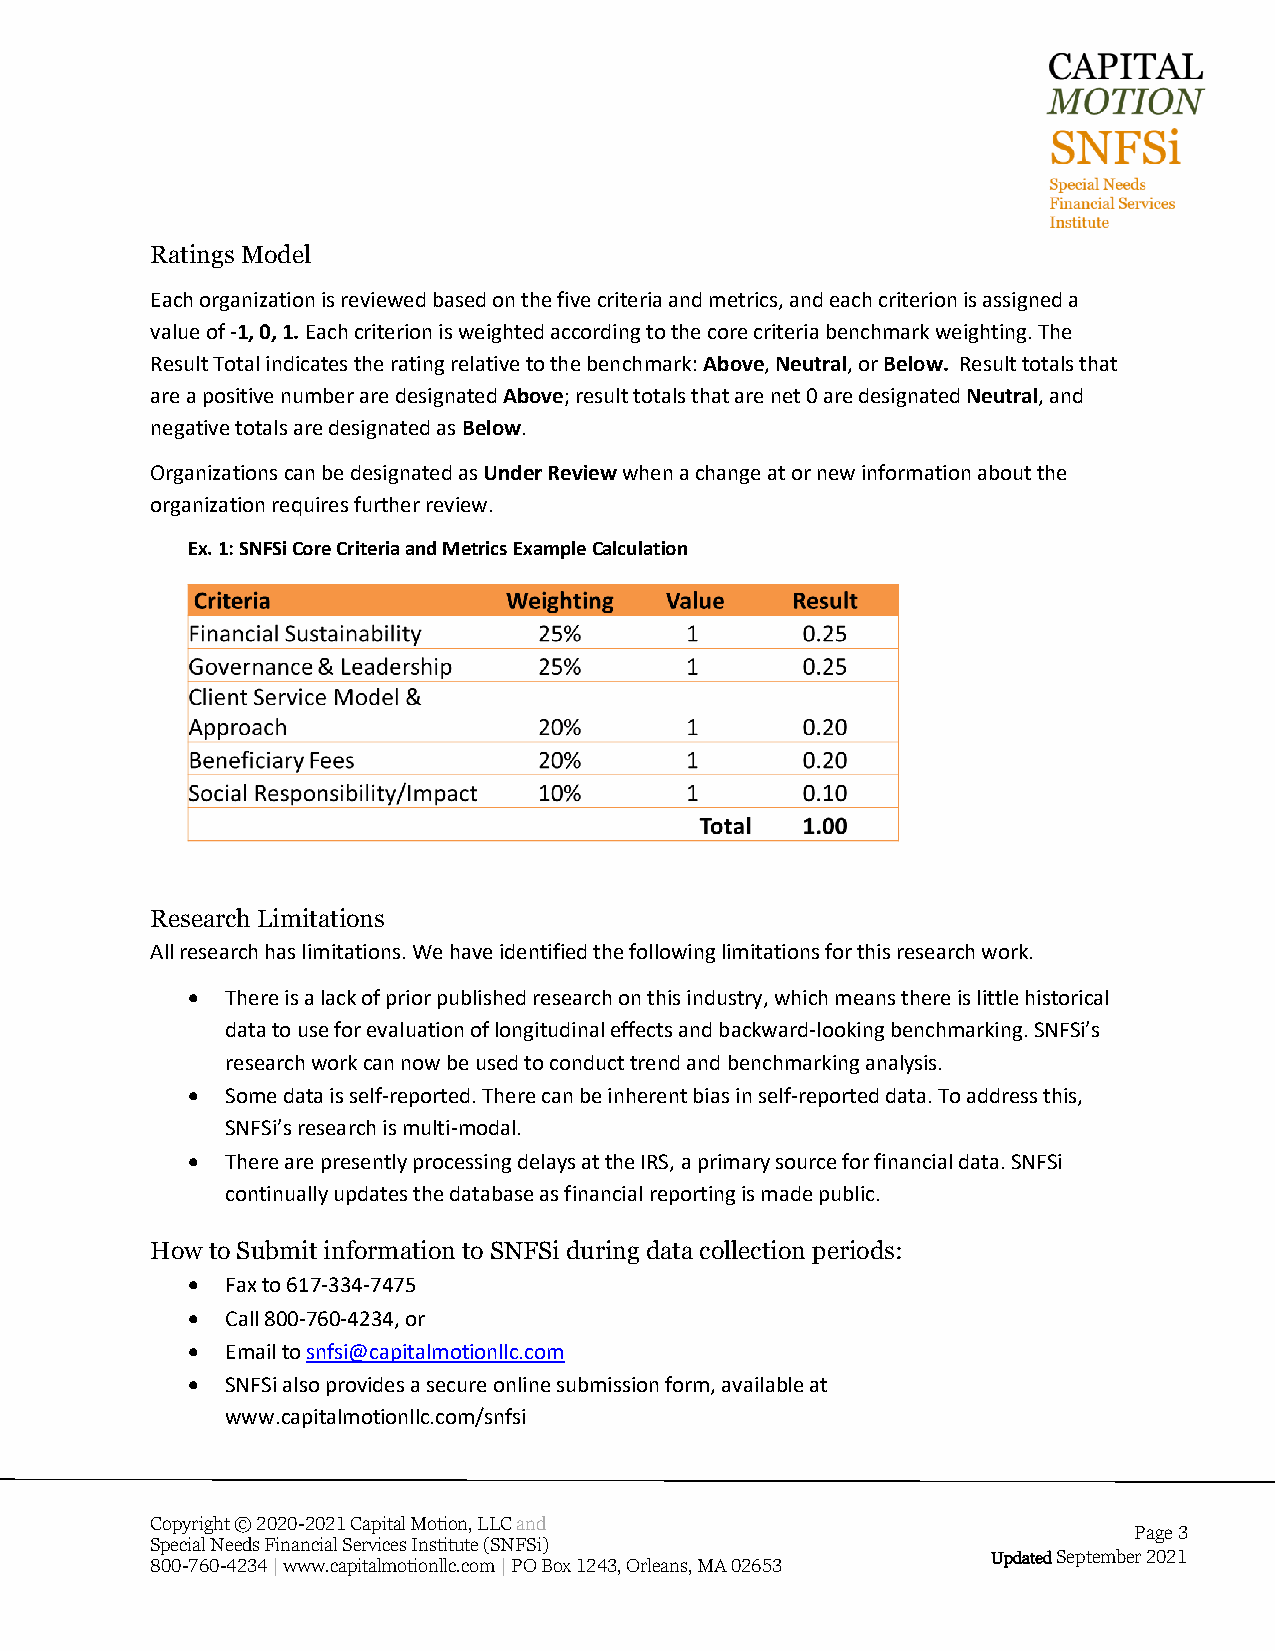
Ratings Model
 Each organization is reviewed based on the five criteria and metrics, and each criterion is assigned a
 value of -1, 0, 1. Each criterion is weighted according to the core criteria benchmark weighting. The
 Result Total indicates the rating relative to the benchmark: Above, Neutral, or Below. Result totals that
 are a positive number are designated Above; result totals that are net 0 are designated Neutral, and
 negative totals are designated as Below.
 Organizations can be designated as Under Review when a change at or new information about the
 organization requires further review.
 Ex. 1: SNFSi Core Criteria and Metrics Example Calculation
 Research Limitations
 All research has limitations. We have identified the following limitations for this research work.
 •  There is a lack of prior published research on this industry, which means there is little historical
 data to use for evaluation of longitudinal effects and backward-looking benchmarking. SNFSi’s
 research work can now be used to conduct trend and benchmarking analysis.
 •  Some data is self-reported. There can be inherent bias in self-reported data. To address this,
 SNFSi’s research is multi-modal.
 •  There are presently processing delays at the IRS, a primary source for financial data. SNFSi
 continually updates the database as financial reporting is made public.
 How to Submit information to SNFSi during data collection periods:
 •  Fax to 617-334-7475
 •  Call 800-760-4234, or
 •  Email to snfsi@capitalmotionllc.com
 •  SNFSi also provides a secure online submission form, available at
 www.capitalmotionllc.com/snfsi
 Copyright © 2020-2021 Capital Motion, LLC and
 Page 3
 Special Needs Financial Services Institute (SNFSi)
 Updated September 2021
 800-760-4234 | www.capitalmotionllc.com | PO Box 1243, Orleans, MA 02653